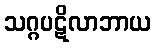
သဂ္ဂပဋိလာဘာယ